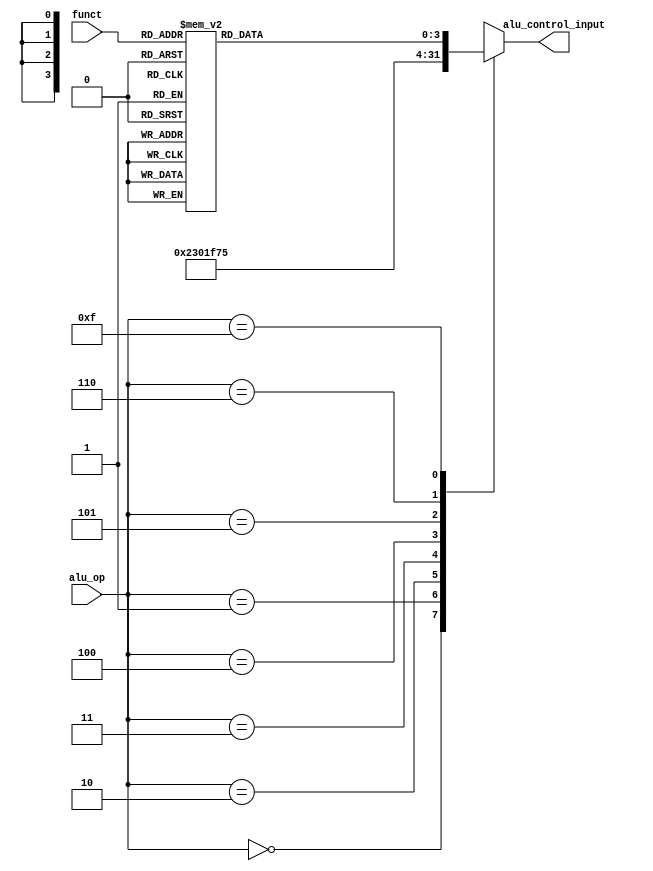
`timescale 1ns / 1ps
/*
 * Description:
 *
 * Dependencies:
 *
 * Revision:
 *
 */

module alu_control(
	output reg [3:0] alu_control_input,
	input [3:0] alu_op,
	input [5:0] funct
    );

	parameter lw = 4'b0000, sw = 4'b0000, addi = 4'b0000, addiu = 4'b0001
		, andi = 4'b0010, ori = 4'b0011, xori = 4'b0100, slti = 4'b0101
		, sltiu = 4'b0110, r_type = 4'b1111;
	parameter A_AND = 4'b0000;
	parameter A_OR  = 4'b0001;
	parameter A_ADD = 4'b0010;
	parameter A_SUB = 4'b0110;
	parameter A_SLT = 4'b0111;
	parameter A_NOR = 4'b1100;
	// FIXME: following parameters are not optimized.
	parameter A_ADDU = 4'b0011;
	parameter A_SUBU = 4'b0100;
	parameter A_SLTU = 4'b0101;
	parameter A_SLL = 4'b1000;
	parameter A_SLLV = 4'b1001;
	parameter A_SRA = 4'b1010;
	parameter A_SRAV = 4'b1011;
	parameter A_SRL = 4'b1101;
	parameter A_SRLV = 4'b1110;
	parameter A_XOR = 4'b1111;

	always @ (*)
		case (alu_op)
			lw: alu_control_input = A_ADD;
			addiu: alu_control_input = A_ADDU;
			andi: alu_control_input = A_AND;
			ori: alu_control_input = A_OR;
			xori: alu_control_input = A_XOR;
			slti: alu_control_input = A_SLT;
			sltiu: alu_control_input = A_SLTU;
			r_type:
				case (funct)
					6'b100000: alu_control_input = A_ADD;
					6'b100001: alu_control_input = A_ADDU;
					6'b100010: alu_control_input = A_SUB;
					6'b100011: alu_control_input = A_SUBU;
					6'b100100: alu_control_input = A_AND;
					6'b100101: alu_control_input = A_OR;
					6'b100111: alu_control_input = A_NOR;
					6'b101010: alu_control_input = A_SLT;
					6'b101011: alu_control_input = A_SLTU;
					6'b000000: alu_control_input = A_SLL;
					6'b000100: alu_control_input = A_SLLV;
					6'b000011: alu_control_input = A_SRA;
					6'b000111: alu_control_input = A_SRAV;
					6'b000010: alu_control_input = A_SRL;
					6'b000110: alu_control_input = A_SRLV;
					6'b100110: alu_control_input = A_XOR;
					default: alu_control_input = 4'bx;
				endcase
			default: alu_control_input = 4'bx;
		endcase

endmodule